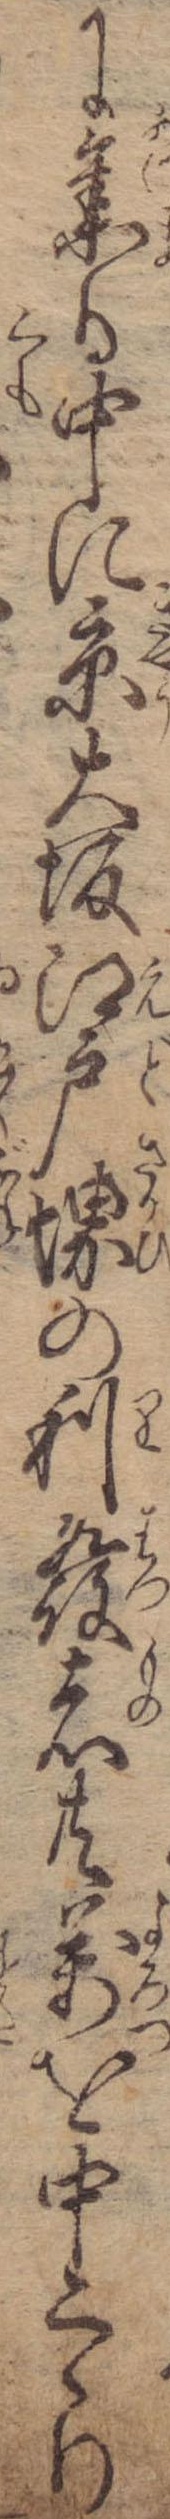
に集る中に京大坂江戸堺の利発者共万を中くゝり